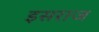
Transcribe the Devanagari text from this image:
इसराज